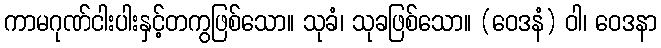
ကာမဂုဏ်ငါးပါးနှင့်တကွဖြစ်သော။ သုခံ၊ သုခဖြစ်သော။ (ဝေဒနံ) ဝါ၊ ဝေဒနာ